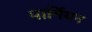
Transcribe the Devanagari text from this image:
पार्मियन